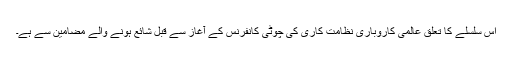
اس سلسلے کا تعلق عالمی کاروباری نظامت کاری کی چوٹی کانفرنس کے آغاز سے قبل شائع ہونے والے مضامین سے ہے۔